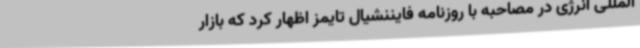
المللی انرژی در مصاحبه با روزنامه فایننشیال تایمز اظهار کرد که بازار